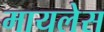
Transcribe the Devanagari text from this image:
मायलेस